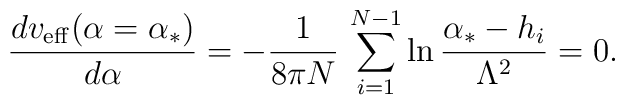
{dv_{\rm eff}(\alpha =\alpha_{*})\over d\alpha} =-{1\over 8\pi N}\, \sum_{i=1}^{N-1} \ln {\alpha_{*} - h_{i}\over\Lambda^{2}} =0.